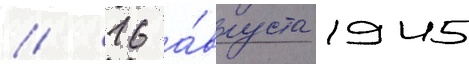
/ 16 а́вгуста 1945